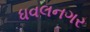
ધવલનગર